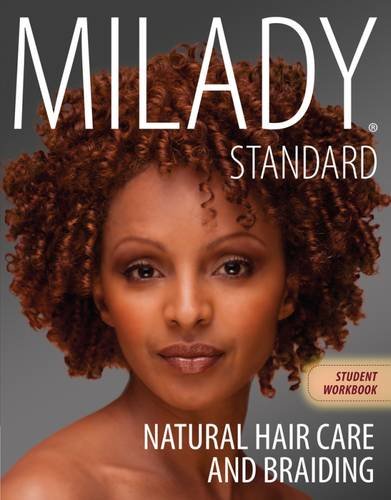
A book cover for Workbook for Milady Natural Hair Care and Braiding; Milady; Health, Fitness & Dieting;